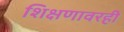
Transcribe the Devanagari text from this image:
शिक्षणावरही